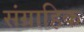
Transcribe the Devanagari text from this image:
संग्राहिक